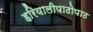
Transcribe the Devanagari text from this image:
हरियालीपाठोपाठ